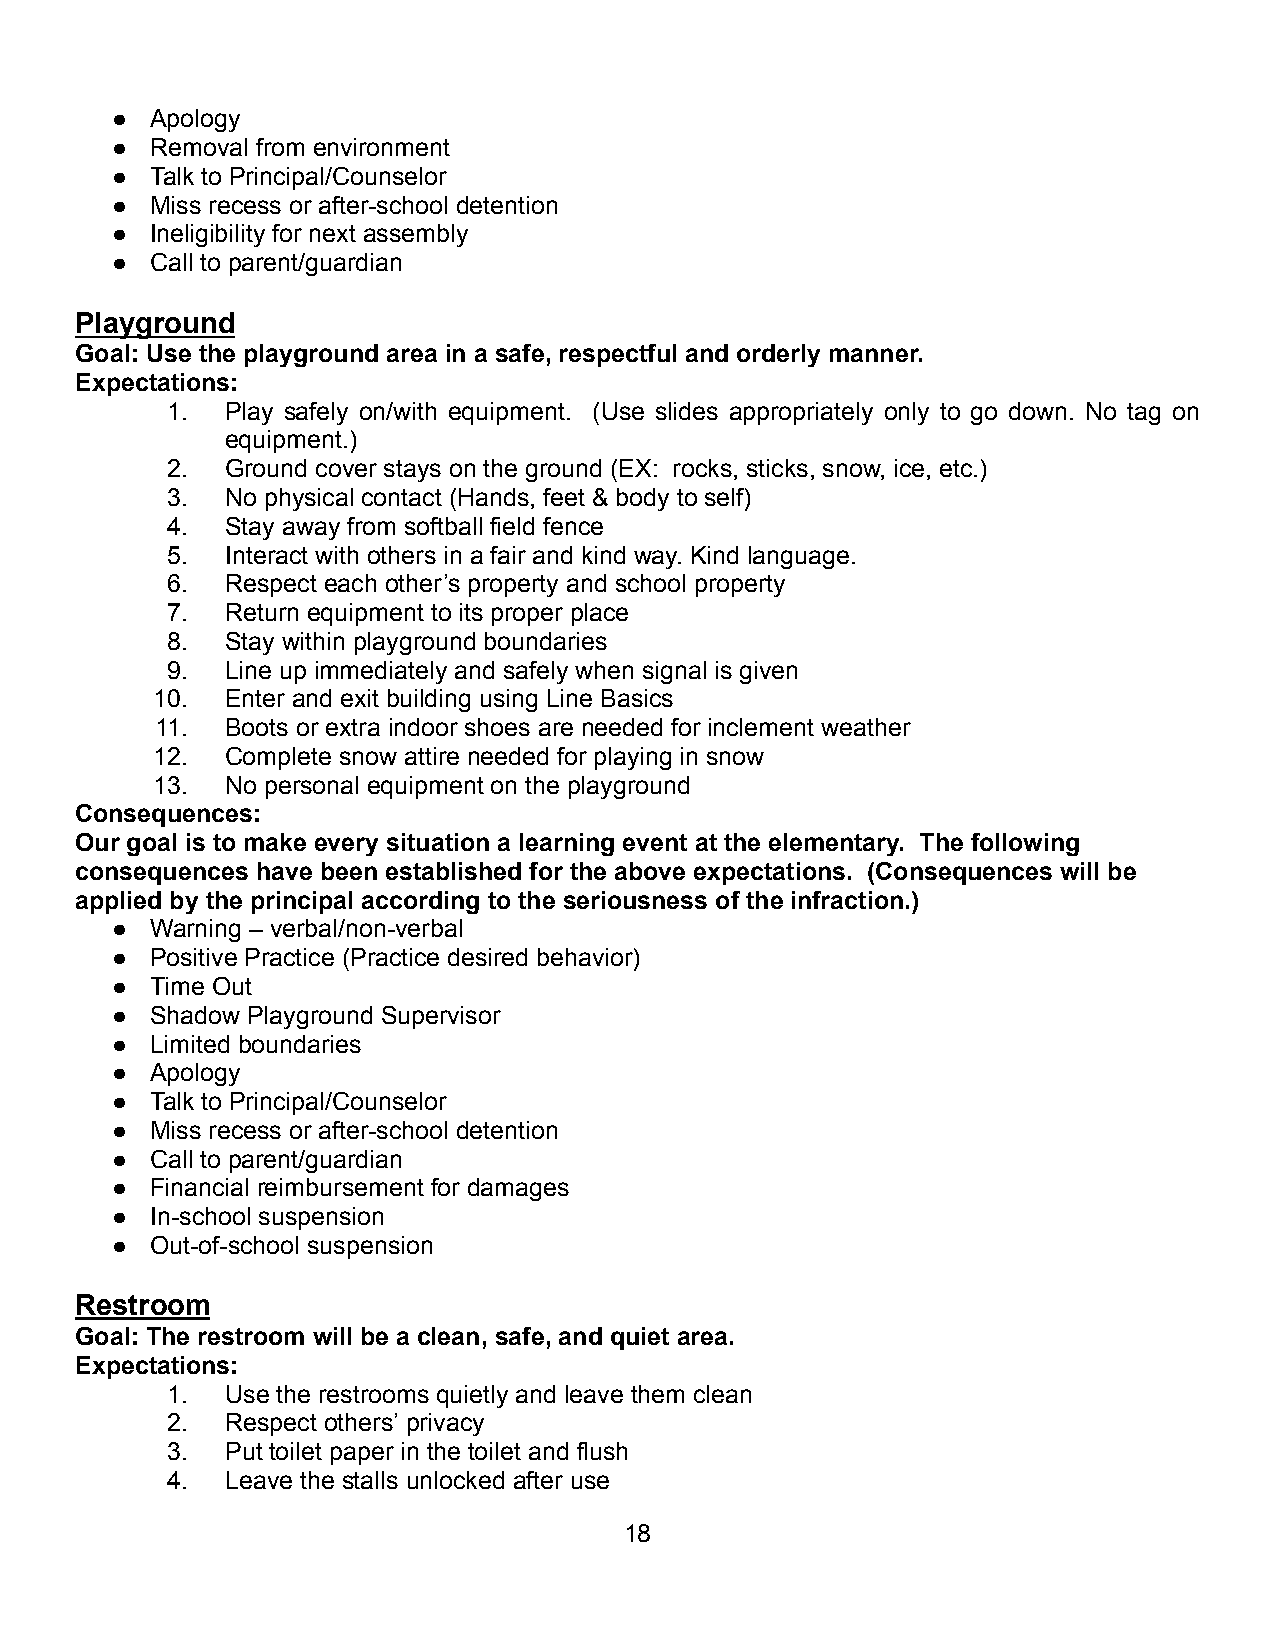
●  Apology
 ●  Removal from environment
 ●  Talk to Principal/Counselor
 ●  Miss recess or after-school detention
 ●  Ineligibility for next assembly
 ●  Call to parent/guardian
 Playground
 Goal: Use the playground area in a safe, respectful and orderly manner.
 Expectations:
 1.  Play safely on/with equipment. (Use slides appropriately only to go down. No tag on
 equipment.)
 2.  Ground cover stays on the ground (EX: rocks, sticks, snow, ice, etc.)
 3.  No physical contact (Hands, feet & body to self)
 4.  Stay away from softball field fence
 5.  Interact with others in a fair and kind way. Kind language.
 6.  Respect each other’s property and school property
 7.  Return equipment to its proper place
 8.  Stay within playground boundaries
 9.  Line up immediately and safely when signal is given
 10.  Enter and exit building using Line Basics
 11.  Boots or extra indoor shoes are needed for inclement weather
 12.  Complete snow attire needed for playing in snow
 13.  No personal equipment on the playground
 Consequences:
 Our goal is to make every situation a learning event at the elementary. The following
 consequences have been established for the above expectations. (Consequences will be
 applied by the principal according to the seriousness of the infraction.)
 ●  Warning – verbal/non-verbal
 ●  Positive Practice (Practice desired behavior)
 ●  Time Out
 ●  Shadow Playground Supervisor
 ●  Limited boundaries
 ●  Apology
 ●  Talk to Principal/Counselor
 ●  Miss recess or after-school detention
 ●  Call to parent/guardian
 ●  Financial reimbursement for damages
 ●  In-school suspension
 ●  Out-of-school suspension
 Restroom
 Goal: The restroom will be a clean, safe, and quiet area.
 Expectations:
 1.  Use the restrooms quietly and leave them clean
 2.  Respect others’ privacy
 3.  Put toilet paper in the toilet and flush
 4.  Leave the stalls unlocked after use
 18